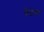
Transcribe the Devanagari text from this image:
पैटेक